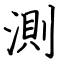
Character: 測